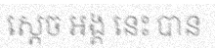
ស្តេច អង្គ នេះ បាន